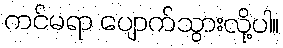
ကင်မရာ ပျောက်သွားလို့ပါ။